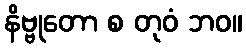
နိဗ္ဗုတော စ တုဝံ ဘဝ။